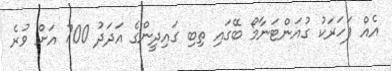
އެއް ފަހަރަކު ގުއަންޓަނާމޯ ބޭގައި ތިބި ގައިދީންގެ އަދަދު 700 އަށް ވުރެ